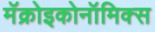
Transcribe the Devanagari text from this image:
मॅक्रोइकोनॉमिक्स